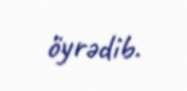
öyrədib.